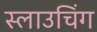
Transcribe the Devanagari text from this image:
स्लाउचिंग